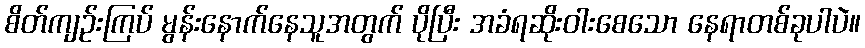
စိတ်ကျဉ်းကြပ် မွန်းနောက်နေသူအတွက် ပိုပြီး အခံရဆိုးဝါးစေသော နေရာတစ်ခုပါပဲ။